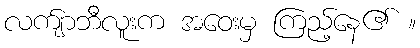
လက်ျာဘီလူးက အဝေးမှ ကြည့်နေ၏ ။